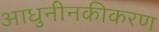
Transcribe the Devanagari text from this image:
आधुनीनकीकरण